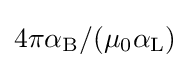
4\pi \alpha _{\rm {B}}/(\mu _{0}\alpha _{\rm {L}})